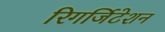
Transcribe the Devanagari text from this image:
रिगर्जिटेशन